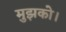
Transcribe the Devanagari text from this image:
मुझको।